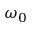
\omega _ { 0 }